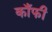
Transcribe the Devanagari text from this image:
काँफी